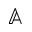
\mathbb { A }